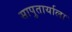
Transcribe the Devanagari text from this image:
सापुतार्याला